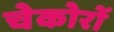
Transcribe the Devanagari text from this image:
चेकोरों